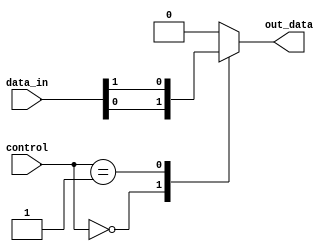
module multiplexer_1024x1 (
    input [1023:0] data_in,
    input [9:0] control,
    output reg out_data
);

always @(*) begin
    case (control)
        10'b0000000000: out_data = data_in[0];
        10'b0000000001: out_data = data_in[1];
        // Repeat for all 1024 input ports
        // ...
        default: out_data = 0; // Default to 0 if control signal doesn't match any input
    endcase
end

endmodule